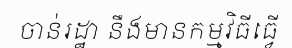
ចាន់រដ្ឋា នឹងមានកម្មវិធីធ្វើ